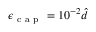
\epsilon _ { \mathrm { ~ c ~ a ~ p ~ } } = 1 0 ^ { - 2 } \hat { d }